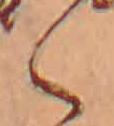
く